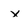
Character: x